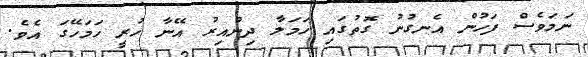
ނަމަވެސް ފަހުން އެނގުނު ގޮތުގައި ހަމަލާ ދިންއިރު އޭނާ ހުރީ ހަމަހޭގަ އެވެ.